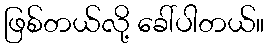
ဖြစ်တယ်လို့ ခေါ်ပါတယ်။